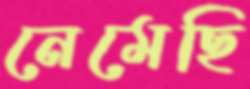
নেমেছি